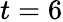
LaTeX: t=6